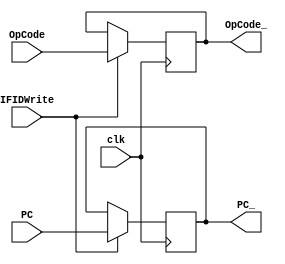
module IFID(IFIDWrite, clk, PC, OpCode, PC_, OpCode_);
input IFIDWrite, clk;
input [31:0] OpCode;
input [31:2] PC;
output reg [31:0] OpCode_;
output reg [31:2] PC_;

always@(posedge clk) begin
    if(IFIDWrite) begin
        OpCode_ = OpCode;
        PC_ = PC;
    end
end
endmodule